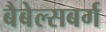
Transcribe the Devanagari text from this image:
बैबेल्सबर्ग